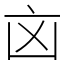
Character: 㐫